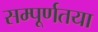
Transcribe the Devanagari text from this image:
सम्पूर्णतया